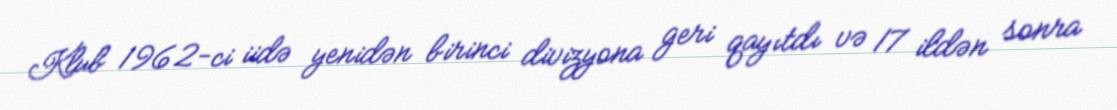
Klub 1962-ci iidə yenidən birinci divizyona geri qayıtdı və 17 ildən sonra